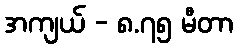
အကျယ် - ၈.၇၅ မီတာ